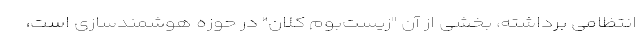
انتظامی برداشته، بخشی از آن "زیست‌بوم کلان" در حوزه هوشمندسازی است،